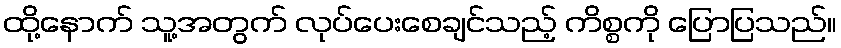
ထို့နောက် သူ့အတွက် လုပ်ပေးစေချင်သည့် ကိစ္စကို ပြောပြသည်။